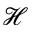
\mathscr { H }